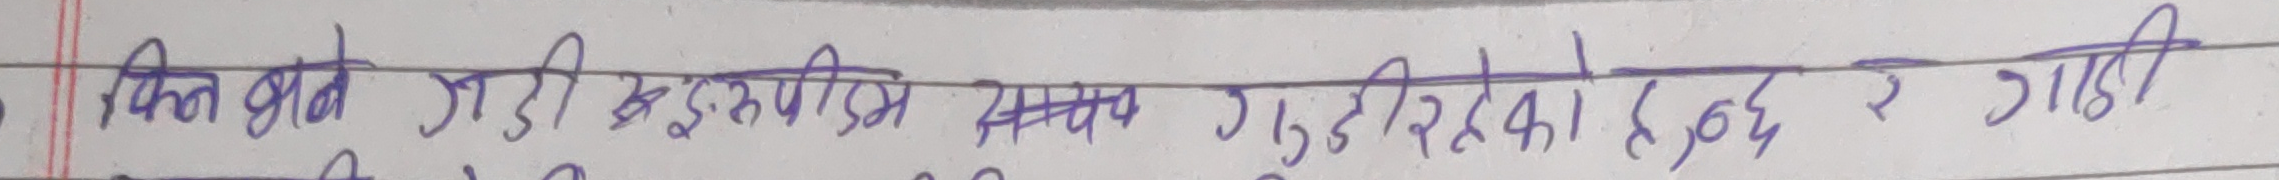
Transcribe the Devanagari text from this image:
कति वटा जुडी कडिसंग सम्ब गुडीरहेको हुन्छ र गाडी